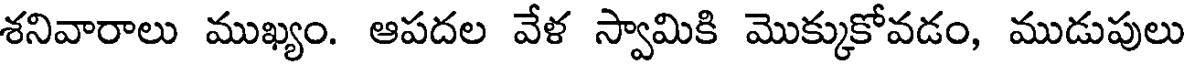
శనివారాలు ముఖ్యం. ఆపదల వేళ స్వామికి మొక్కుకోవడం, ముడుపులు